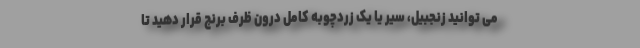
می توانید زنجبیل، سیر یا یک زردچوبه کامل درون ظرف برنج قرار دهید تا